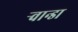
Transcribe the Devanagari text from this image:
ऱ्वान्डा